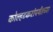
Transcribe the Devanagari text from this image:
कोल्हटकरांपर्यंतच्या